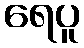
ရေပူ